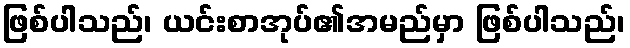
ဖြစ်ပါသည်၊ ယင်းစာအုပ်၏အမည်မှာ ဖြစ်ပါသည်၊